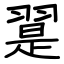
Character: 翨